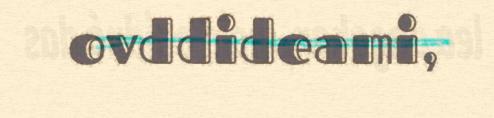
ovddideami,